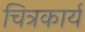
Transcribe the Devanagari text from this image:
चित्रकार्य